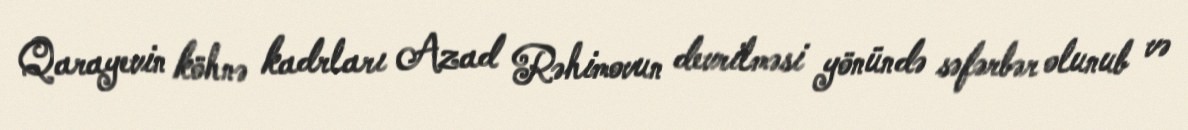
Qarayevin köhnə kadrları Azad Rəhimovun devrilməsi yönündə səfərbər olunub və